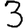
Digit: 3